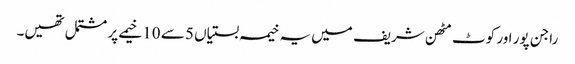
راجن پور اور کوٹ مٹھن شریف میں یہ خیمہ بستیاں 5 سے 10 خیمے پر مشتمل تھیں۔